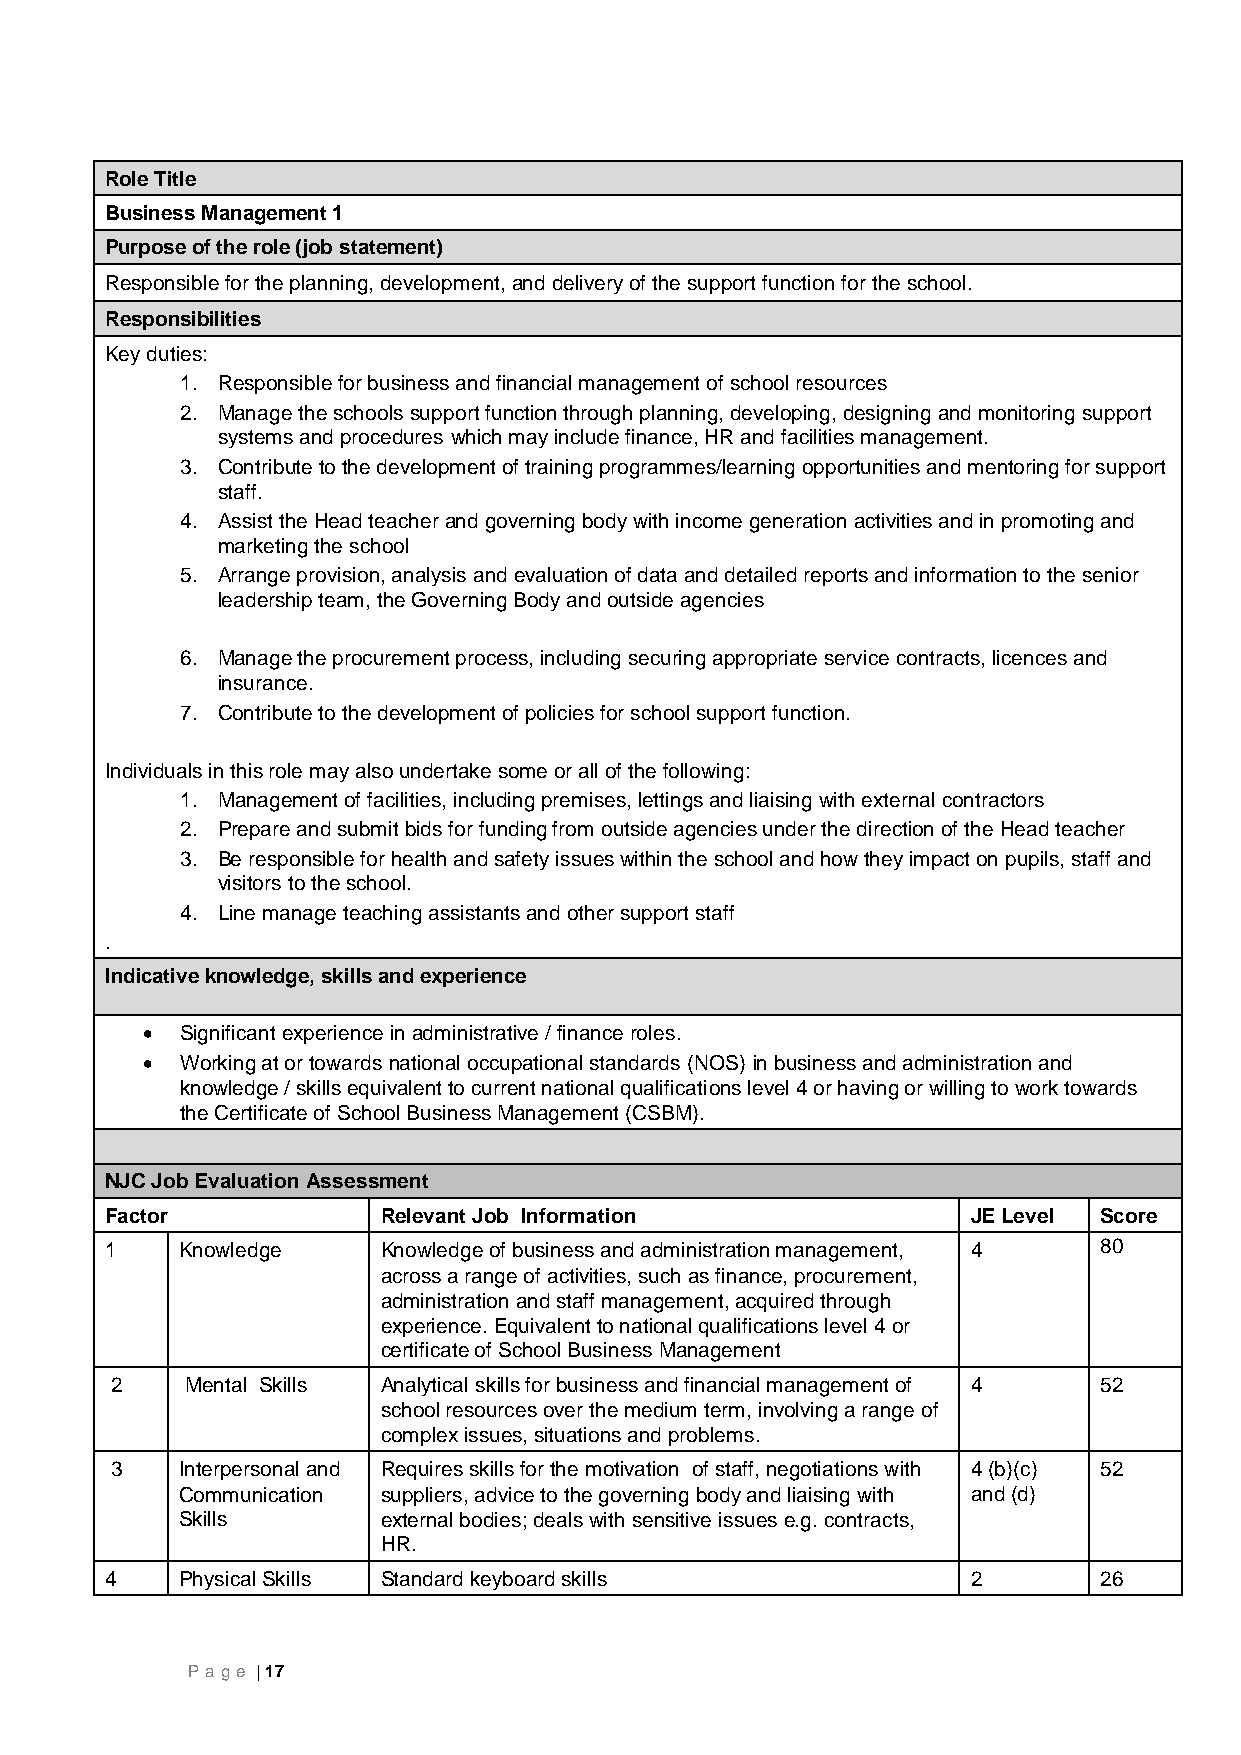
Role Title
 Business Management 1
 Purpose of the role (job statement)
 Responsible for the planning, development, and delivery of the support function for the school.
 Responsibilities
 Key duties:
 1. Responsible for business and financial management of school resources
 2. Manage the schools support function through planning, developing, designing and monitoring support
 systems and procedures which may include finance, HR and facilities management.
 3. Contribute to the development of training programmes/learning opportunities and mentoring for support
 staff.
 4. Assist the Head teacher and governing body with income generation activities and in promoting and
 marketing the school
 5. Arrange provision, analysis and evaluation of data and detailed reports and information to the senior
 leadership team, the Governing Body and outside agencies
 6. Manage the procurement process, including securing appropriate service contracts, licences and
 insurance.
 7. Contribute to the development of policies for school support function.
 Individuals in this role may also undertake some or all of the following:
 1. Management of facilities, including premises, lettings and liaising with external contractors
 2. Prepare and submit bids for funding from outside agencies under the direction of the Head teacher
 3. Be responsible for health and safety issues within the school and how they impact on pupils, staff and
 visitors to the school.
 4. Line manage teaching assistants and other support staff
 .
 Indicative knowledge, skills and experience
   Significant experience in administrative / finance roles.
   Working at or towards national occupational standards (NOS) in business and administration and
 knowledge / skills equivalent to current national qualifications level 4 or having or willing to work towards
 the Certificate of School Business Management (CSBM).
 NJC Job Evaluation Assessment
 Factor            Relevant Job Information               JE Level Score
 1    Knowledge    Knowledge of business and administration management, 4 80
 across a range of activities, such as finance, procurement,
 administration and staff management, acquired through
 experience. Equivalent to national qualifications level 4 or
 certificate of School Business Management
 2    Mental Skills Analytical skills for business and financial management of 4 52
 school resources over the medium term, involving a range of
 complex issues, situations and problems.
 3    Interpersonal and Requires skills for the motivation of staff, negotiations with 4 (b)(c) 52
 Communication suppliers, advice to the governing body and liaising with and (d)
 Skills       external bodies; deals with sensitive issues e.g. contracts,
 HR.
 4    Physical Skills Standard keyboard skills            2        26
 P age | 17